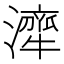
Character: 𤁜